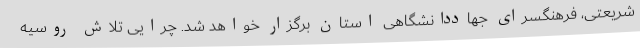
شریعتی، فرهنگسرای جهاددانشگاهی استان برگزار خواهد شد. چرایی تلاش روسیه